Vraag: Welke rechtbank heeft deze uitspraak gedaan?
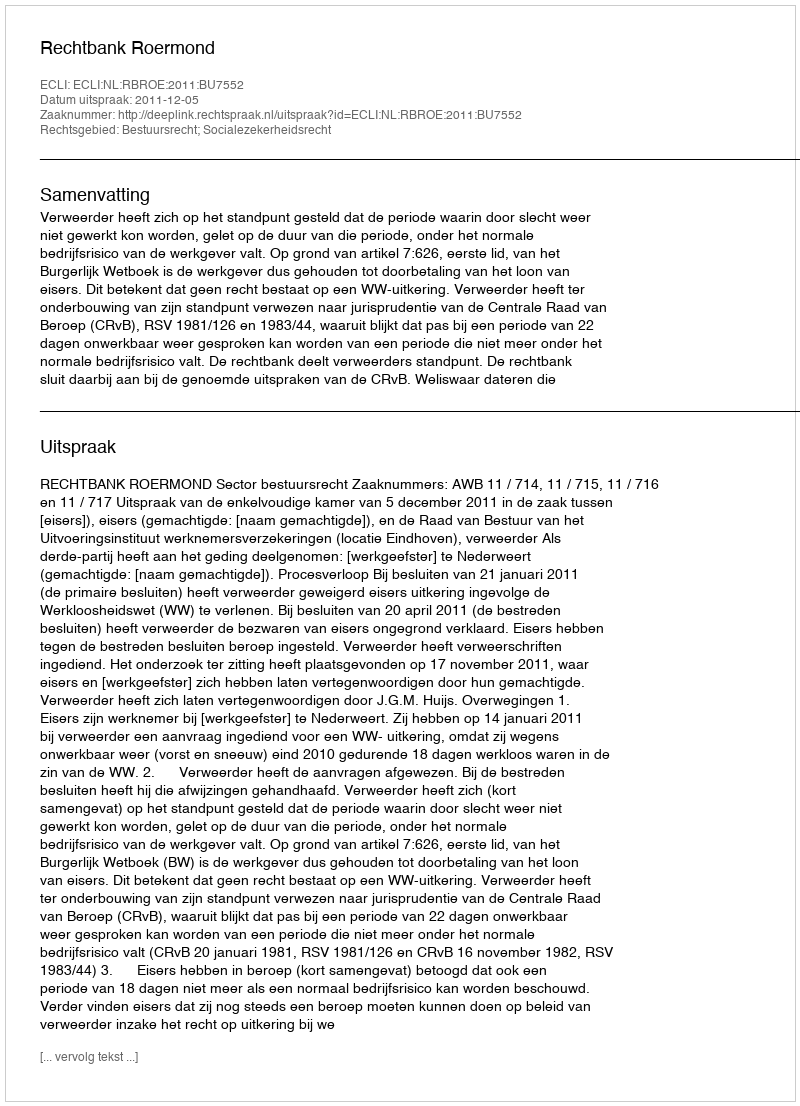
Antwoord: Rechtbank Roermond